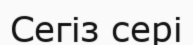
Сегіз сері